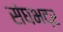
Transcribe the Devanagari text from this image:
संघभद्र